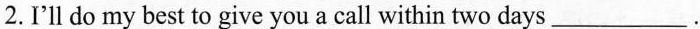
2.I'll do my best to give you a call within two days___.